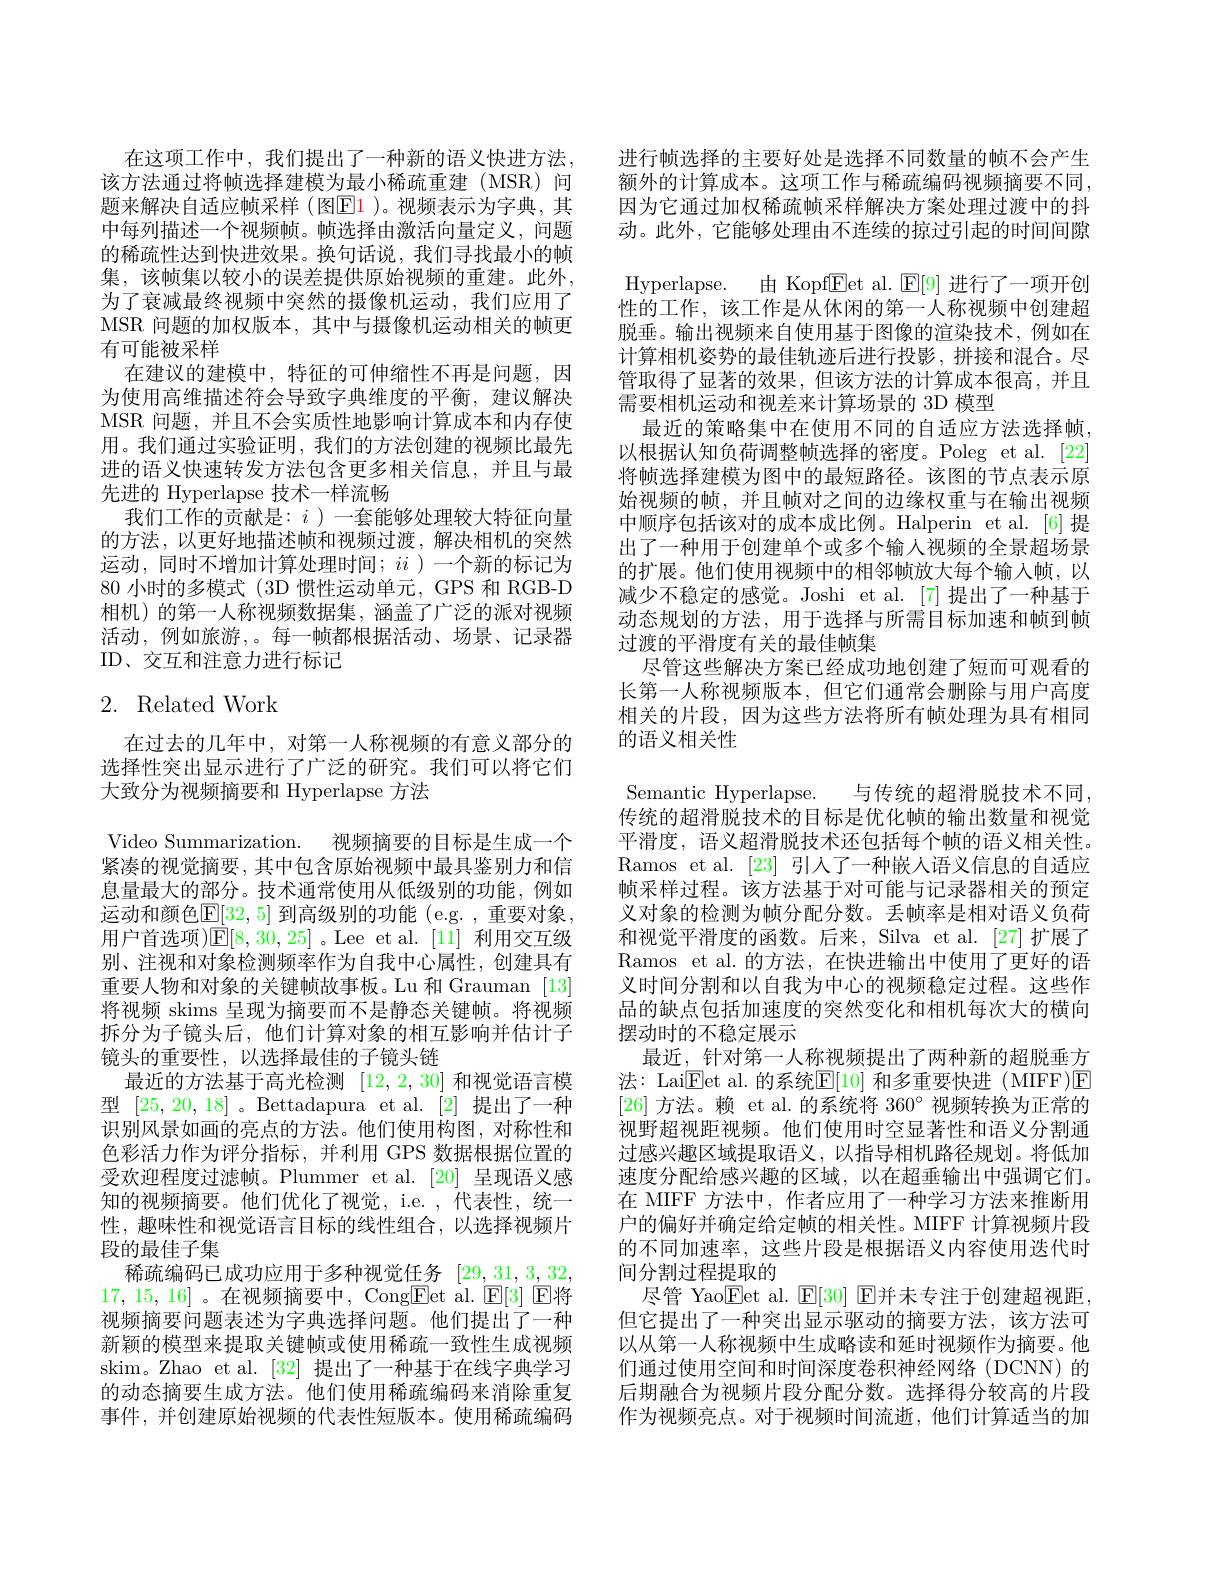
在这项工作中，我们提出了一种新的语义快进方法， 该方法通过将帧选择建模为最小稀疏重建(MSR)问题来解决自适应帧采样 (图$\color{red}{\mathrm{E1}}$ )。视频表示为字典，其中每列描述一个视频帧。帧选择由激活向量定义，问题的稀疏性达到快进效果。换句话说，我们寻找最小的帧集，该帧集以较小的误差提供原始视频的重建。此外， 为了衰减最终视频中突然的摄像机运动，我们应用了MSR 问题的加权版本，其中与摄像机运动相关的帧更有可能被采样
在建议的建模中，特征的可伸缩性不再是问题，因为使用高维描述符会导致字典维度的平衡，建议解决MSR 问题，并且不会实质性地影响计算成本和内存使用。我们通过实验证明，我们的方法创建的视频比最先进的语义快速转发方法包含更多相关信息，并且与最先进的 Hyperlapse 技术一样流畅
我们工作的贡献是：$i$)一套能够处理较大特征向量的方法，以更好地描述帧和视频过渡，解决相机的突然运动，同时不增加计算处理时间；$ii$ )一个新的标记为80小时的多模式 (3D 惯性运动单元，GPS 和 RGB-D 相机)的第一人称视频数据集，涵盖了广泛的派对视频活动，例如旅游，。每一帧都根据活动、场景、记录器ID、交互和注意力进行标记

# 2. Related Work

在过去的几年中，对第一人称视频的有意义部分的选择性突出显示进行了广泛的研究。我们可以将它们大致分为视频摘要和 Hyperlapse 方法
Video Summarization. 视频摘要的目标是生成一个紧凑的视觉摘要，其中包含原始视频中最具鉴别力和信息量最大的部分。技术通常使用从低级别的功能，例如运动和颜色[E[32,5] 到高级别的功能 (e.g. ,重要对象， 用户首选项)$\mathbb{E}[8,30,25]$ 。Lee et al. [11] 利用交互级别、注视和对象检测频率作为自我中心属性，创建具有重要人物和对象的关键帧故事板。Lu 和 Grauman [13] 将视频 skims 呈现为摘要而不是静态关键帧。将视频拆分为子镜头后，他们计算对象的相互影响并估计子镜头的重要性，以选择最佳的子镜头链
最近的方法基于高光检测[12,2,30]和视觉语言模型[25,20,18] 。Bettadapura et al. [2]提出了一种识别风景如画的亮点的方法。他们使用构图，对称性和色彩活力作为评分指标，并利用 GPS 数据根据位置的受欢迎程度过滤帧。Plummer et al.[20] 呈现语义感知的视频摘要。他们优化了视觉，i.e. ,代表性，统一性，趣味性和视觉语言目标的线性组合，以选择视频片段的最佳子集
稀疏编码已成功应用于多种视觉任务$[29,\underline{31},\underline{3},\underline{32}$, 17,15,16] 。在视频摘要中，Cong$\boxed{\mathrm{Fet~al.~}\mathrm{E[3]~}\mathrm{E}}$将视频摘要问题表述为字典选择问题。他们提出了一种新颖的模型来提取关键帧或使用稀疏一致性生成视频skim。Zhao et al.[32] 提出了一种基于在线字典学习的动态摘要生成方法。他们使用稀疏编码来消除重复事件，并创建原始视频的代表性短版本。使用稀疏编码

进行帧选择的主要好处是选择不同数量的帧不会产生额外的计算成本。这项工作与稀疏编码视频摘要不同， 因为它通过加权稀疏帧采样解决方案处理过渡中的抖动。此外，它能够处理由不连续的掠过引起的时间间隙Hyperlapse.由 Kopf$\underline{\mathrm{E}}$et al. $\underline{\mathrm{E}}[9]$进行了一项开创性的工作，该工作是从休闲的第一人称视频中创建超脱垂。输出视频来自使用基于图像的渲染技术，例如在计算相机姿势的最佳轨迹后进行投影，拼接和混合。尽管取得了显著的效果，但该方法的计算成本很高，并且需要相机运动和视差来计算场景的 3D 模型
最近的策略集中在使用不同的自适应方法选择帧， 以根据认知负荷调整帧选择的密度。Poleg et al.[22] 将帧选择建模为图中的最短路径。该图的节点表示原始视频的帧，并且帧对之间的边缘权重与在输出视频中顺序包括该对的成本成比例。Halperin et al.[6]提出了一种用于创建单个或多个输人视频的全景超场景的扩展。他们使用视频中的相邻帧放大每个输入帧，以减少不稳定的感觉。Joshi et al.[7]提出了一种基于动态规划的方法，用于选择与所需目标加速和帧到帧过渡的平滑度有关的最佳帧集
尽管这些解决方案已经成功地创建了短而可观看的长第一人称视频版本，但它们通常会删除与用户高度相关的片段，因为这些方法将所有帧处理为具有相同的语义相关性
与传统的超滑脱技术不同，
Semantic Hyperlapse.
传统的超滑脱技术的目标是优化帧的输出数量和视觉平滑度，语义超滑脱技术还包括每个帧的语义相关性。Ramos et al. [23]引人了一种嵌人语义信息的自适应帧采样过程。该方法基于对可能与记录器相关的预定义对象的检测为帧分配分数。丢帧率是相对语义负荷和视觉平滑度的函数。后来，Silva et al. [27]扩展了Ramos et al.的方法，在快进输出中使用了更好的语义时间分割和以自我为中心的视频稳定过程。这些作品的缺点包括加速度的突然变化和相机每次大的横向摆动时的不稳定展示
最近，针对第一人称视频提出了两种新的超脱垂方法 : Lai${\mathrm{Eet~al. ~}}$的系统E[10] 和多重要快进 (MIFF)E [26]方法。赖 et al.的系统将 360°视频转换为正常的视野超视距视频。他们使用时空显著性和语义分割通过感兴趣区域提取语义，以指导相机路径规划。将低加速度分配给感兴趣的区域，以在超垂输出中强调它们。在 MIFF 方法中，作者应用了一种学习方法来推断用户的偏好并确定给定帧的相关性。MIFF 计算视频片段的不同加速率，这些片段是根据语义内容使用迭代时间分割过程提取的
尽管 Yao$\boxed{\mathrm{E}}$et al. $\boxed{\mathrm{E}}[30]$ E并未专注于创建超视距， 但它提出了一种突出显示驱动的摘要方法，该方法可以从第一人称视频中生成略读和延时视频作为摘要。他们通过使用空间和时间深度卷积神经网络(DCNN)的后期融合为视频片段分配分数。选择得分较高的片段作为视频亮点。对于视频时间流逝，他们计算适当的加